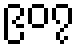
၉၀၇